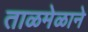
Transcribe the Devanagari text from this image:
ताळमेळाने